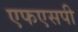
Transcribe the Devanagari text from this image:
एफएसपी